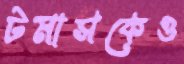
টমাসকেও